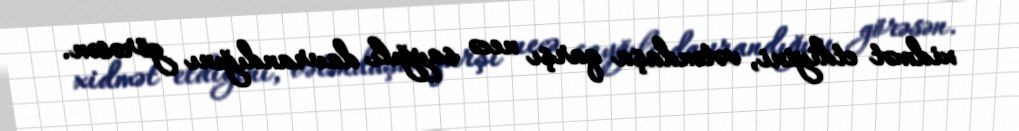
xidmət etdiyini, vətəndaşa qarşı necə sayğılı davrandığını görəsən.